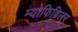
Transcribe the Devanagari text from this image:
म्योफिब्रिलर